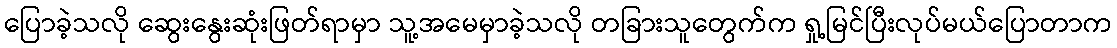
ပြောခဲ့သလို ဆွေးနွေးဆုံးဖြတ်ရာမှာ သူ့အမေမှာခဲ့သလို တခြားသူတွေက်က ရှု့မြင်ပြီးလုပ်မယ်ပြောတာက